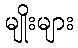
မျိုးများ